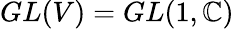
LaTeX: GL(V)=GL(1,\mathbb{C})